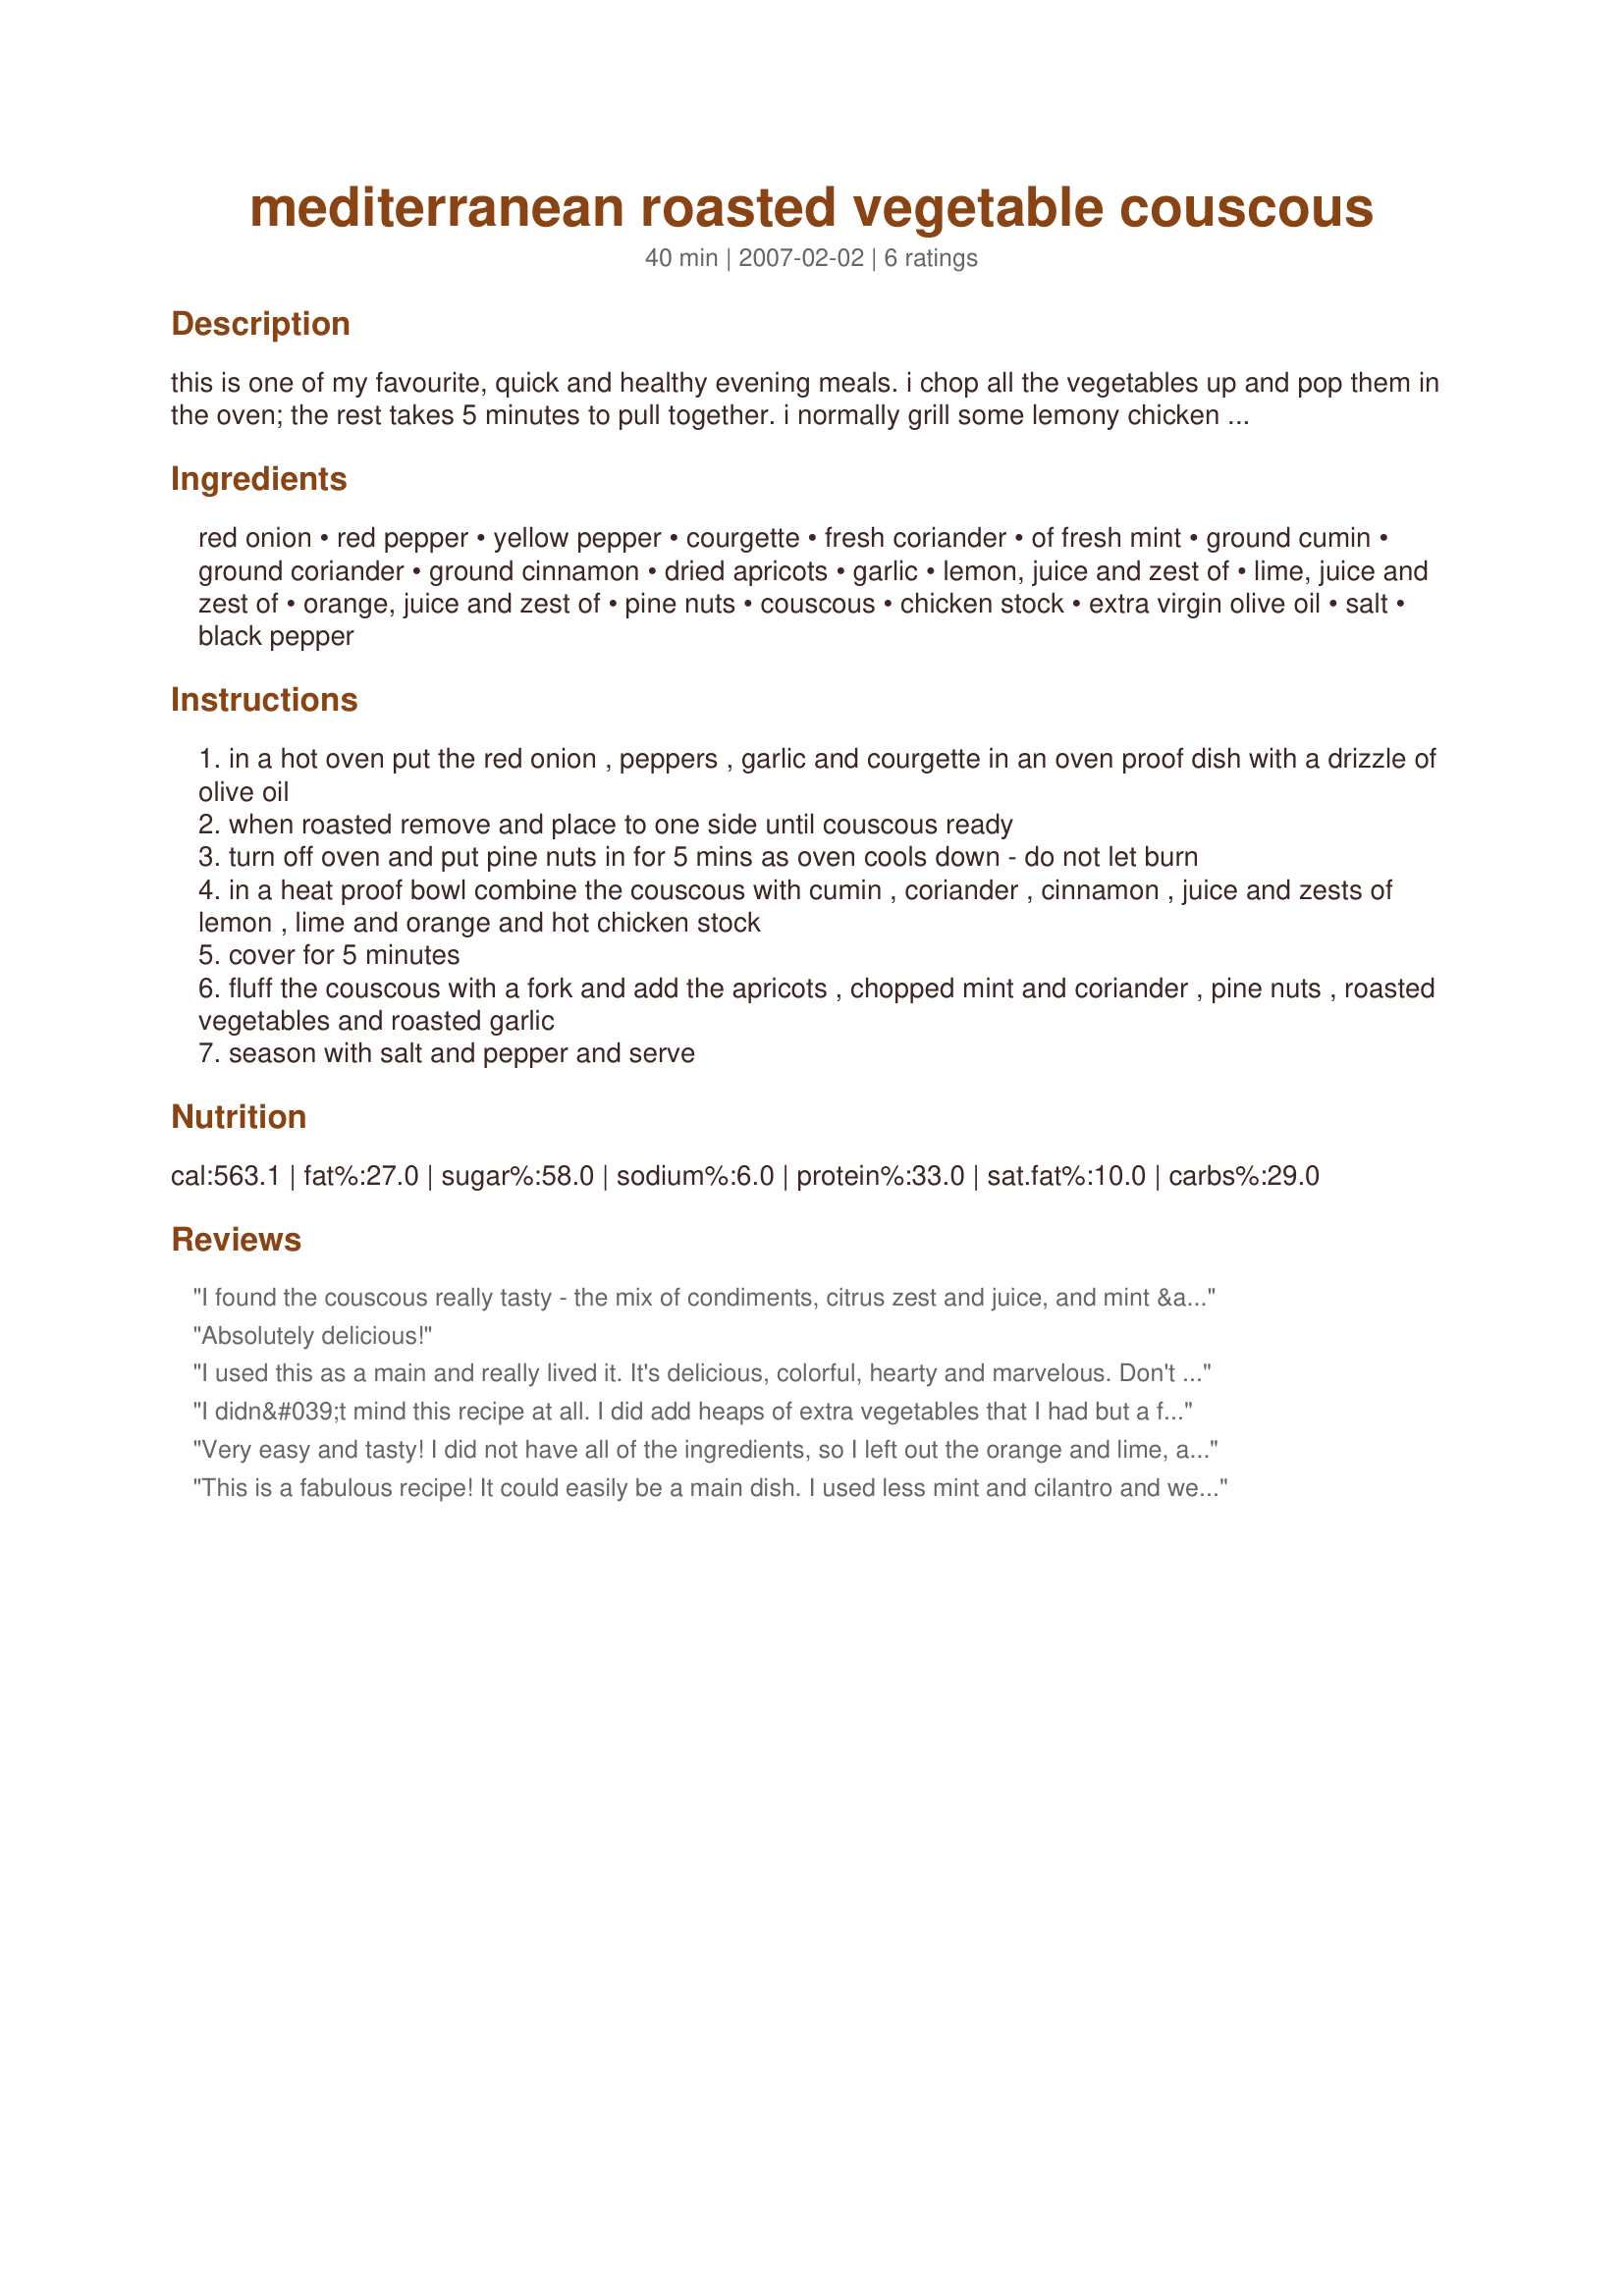
mediterranean roasted vegetable couscous
Preparation time: 40 minutes

this is one of my favourite, quick and healthy evening meals. i chop all the vegetables up and pop them in the oven; the rest takes 5 minutes to pull together. i normally grill some lemony chicken to go with it, but it’s delicious on its own.

Ingredients:
red onion, red pepper, yellow pepper, courgette, fresh coriander, of fresh mint, ground cumin, ground coriander, ground cinnamon, dried apricots, garlic, lemon, juice and zest of, lime, juice and zest of, orange, juice and zest of, pine nuts, couscous, chicken stock, extra virgin olive oil, salt, black pepper

Steps:
in a hot oven put the red onion , peppers , garlic and courgette in an oven proof dish with a drizzle of olive oil
when roasted remove and place to one side until couscous ready
turn off oven and put pine nuts in for 5 mins as oven cools down - do not let burn
in a heat proof bowl combine the couscous with cumin , coriander , cinnamon , juice and zests of lemon , lime and orange and hot chicken stock
cover for 5 minutes
fluff the couscous with a fork and add the apricots , chopped mint and coriander , pine nuts , roasted vegetables and roasted garlic
season with salt and pepper and serve

Reviews:
I found the couscous really tasty - the mix of condiments, citrus zest and juice, and mint &amp; coriander was really special.
I added thym to the vegetables roast, and the result was great. Very tasty!!
Absolutely delicious!
I used this as a main and really lived it. It's delicious, colorful, hearty and marvelous. Don't let the list of ingredients keep you away because it's easy to make and all of those flavors create something wonderful together. Made for PAC, Fall 2012
I didn&#039;t mind this recipe at all. I did add heaps of extra vegetables that I had but a few of them didn&#039;t really compliment it (my fault). So don&#039;t add roasted beetroot or carrot. The addition of eggplant was good as was cherry tomatoes. The pumpkin was also good but went a little mushy.&lt;br/&gt;They only thing I could fault was that with the liquid as per recipe, I found it a little mushy. I omitted apricots and the pine nuts as I didn&#039;t have any. Didn&#039;t miss it.
Very easy and tasty! I did not have all of the ingredients, so I left out the orange and lime, as well as the mint. No worries though- the recipe turned out great!
This is a fabulous recipe! It could easily be a main dish. I used less mint and cilantro and we don't like too much. Other than that, made as directed. Served with recipe#112931 and it was a super meal. Thanks for sharing!
